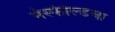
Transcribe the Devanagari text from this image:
नेस्फील्डचा